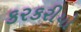
કરકરીયો